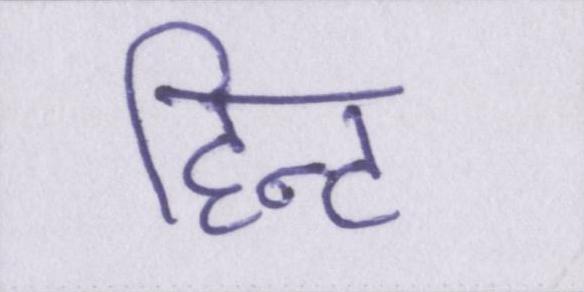
हिन्ट